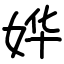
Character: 𫰡